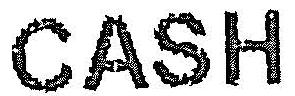
CASH